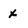
Character: x